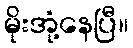
မိုးအုံ့နေပြီ။